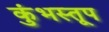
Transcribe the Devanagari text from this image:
कुंभस्तूप